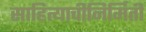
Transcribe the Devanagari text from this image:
साहित्याचीनिर्मिती